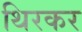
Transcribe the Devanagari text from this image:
थिरकर